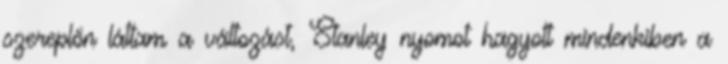
szereplőn láttam a változást, Stanley nyomot hagyott mindenkiben a